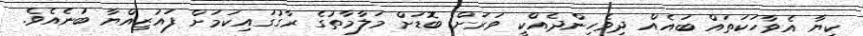
ކިޔާ އެވާހަކަތައް ބައެއް ދިވެހިންދެއްކީ ވަރަށް ބޮޑަށް މަލާމާތުގެ ރާގުގައިކަމަށް ފައުޒިއްޔާ ބުނެއެވެ.